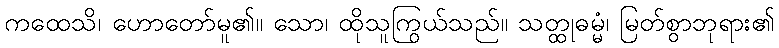
ကထေသိ၊ ဟောတော်မူ၏။ သော၊ ထိုသူကြွယ်သည်။ သတ္ထုဓမ္မံ၊ မြတ်စွာဘုရား၏